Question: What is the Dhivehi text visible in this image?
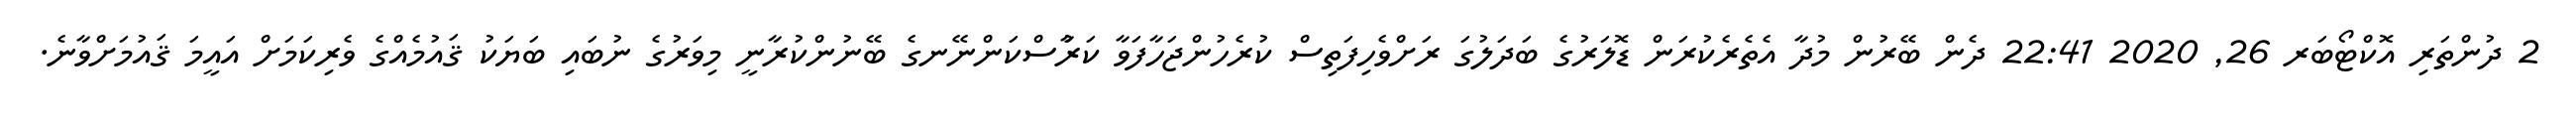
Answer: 2 ދުންތަރި އޮކްޓޯބަރ 26, 2020 22:41 ދެން ބޭރުން މުދާ އެތެރެކުރަން ޑޮލަރުގެ ބަދަލުގަ ރަށްވެހިފަތިސް ކުރެހުންޖަހާފަވާ ކަރުާސްކަންނޭނގެ ބޭނުންކުރާނީ މިވަރުގެ ނުބައި ބަޔަކު ޤައުމެއްގެ ވެރިކަމަށް އައީމަ ޤައުމަށްވާނެ.